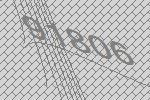
91806